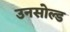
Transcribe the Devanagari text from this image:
उनसोल्ड